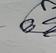
Signature authenticity: genuine